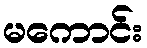
မကောင်း